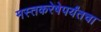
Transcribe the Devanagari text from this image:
मस्तकरेषेपर्यंतचा